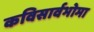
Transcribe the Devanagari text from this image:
कविसार्वभोमा